Annual statistical returns and brief notes on vaccination in Bengal - 1909-1929
Year: 1909
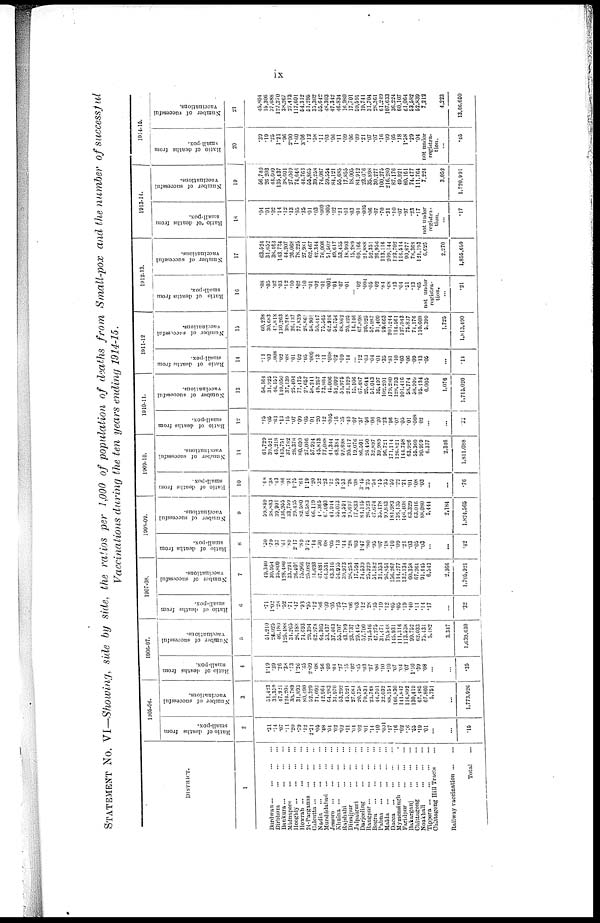
ix
STATEMENT No. VI—Showing, side by side, the ratios per 1,000 of population of deaths from Small-pox and the number of successful
Vaccinations during the ten years ending 1914-15.
DISTRICT.
1
Burdwan
...
...
...
...
Birbhum
...
...
...
Bankura
...
...
...
...
Midnapore
...
...
...
Hooghly
...
...
...
...
Howrah ... ... ... ...
24-Parganas
...
...
...
Calcutta
...
...
...
...
Nadia
...
...
...
...
Murshidabad
...
...
...
Jessore
...
...
...
...
Khulna
...
...
...
...
Rajshahi
...
...
...
Dinajpur
...
...
...
Jalpaiguri
...
...
...
Darjeeling
...
...
...
Rangpur
...
...
...
...
Bogra
...
...
...
...
Pabna
...
...
...
...
Malda
...
...
...
...
Dacca
...
...
...
...
Mymensingh
...
...
...
Faridpur
...
...
...
Bakarganj
...
...
...
Chittagong
...
...
...
Noakhali
...
...
...
Tippera
...
...
...
...
Chittagong Hill Tracts ...
Railway vaccination ... ...
Total ...
1905-06.
Ratio of deaths from
small-pox.
2
.31
.11
.07
.11
.20
.79
.12
2.31
.05
.48
.04
.02
.03
.11
.04
.02
.01
.14
.10
.001
.17
.18
.02
.16 .55
.10
.01
...
...
.16
Number of successful
vaccinations.
3
51,423
31,359
47,921
124,204
30,789
31,893
80,490
52,329
71,093
42,964
64,283
31,970
53,292
46,921
27,684
20,768
70,834
23,748
46,701
32,032
88,154
166,830
141,847
116,892
130,419
67,485
67,860
5,751
...
1,773,926
1906-07.
Ratio of deaths from
small-pox.
4
1.19
.39
.26
.38
.73
1.26
.65
2.09
.08
.66
.09
.04
.27
.15
.02
.45
.03
.27
.06
.10
.10
.07
.04
.07
1.10
.39
.08
...
...
.35
Number of successful
vaccinations.
5
51,210
24,025
46,180
125,488
34,265
26,188
74,693
29,394
62,978
64,305
53,437
37,463
55,707
43,789
23,737
29,445
57,700
24,546
47,275
31,474
79,548
145,931
111,316
113,538
99,752
62,033
75,434
6,482
3,347
1,639,630
1907-08.
Ratio of deaths from
small-pox.
6
.71
1.02
.28
.52
.71
.47
.93
.95
.12
.86
.09
.05
.25
.17
.06
.03
.12
.28
.35
.19
.12
.05
.05
.19
.40
.11
.14
.17
...
.32
Number of successful
vaccinations.
7
49,340
30,954
35,800
128,480
33,291
26,401
75,966
25,082
64,693
47,481
64,534
43,316
54,955
39,973
28,253
17,594
74,539
25,929
51,182
31,353
96,851
156,267
114,277
132,134
60,358
67,264
91,445
6,543
2,366
1,705,921
1908-09.
Ratio of deaths from
small-pox.
8
.50
.79
.37
.61
.89
2.17
.89
3.75
.14
.30
.08
.05
.13
.44
.28
.03
1.47
.80
.95
.07
.18
.10
.09
.21
.03
.05
.03
...
...
.42
Number of successful
vaccinations.
9
59,869
38,883
39,901
136,955
33,759
29,435
82,580
46,583
66,119
48,365
67,093
41,944
55,053
54,591
25,897
17,833
84,115
28,523
47,674
35,178
99,843
181,983
136,135
146,408
63,329
63,016
88,080
5,444
2,184
1,824,566
1909-10.
Ratio of deaths from
small-pox.
10
.48
.38
.43
.86
.91
1.75
.64
1.19
.20
.32
.23
.12
.59
1.53
.26
.08
3.45
3.25
.54
.45
.35
.59
.22
.21
.01
.08
.03
...
...
.76
Number of successful
vaccinations.
11
61,729
39,521
45,218
143,751
37,782
28,378
80,690
27,066
57,924
45,813
77,088
41,344
48,384
92,698
20,417
19,076
86,504
26,450
32,897
39,989
96,721
171,114
126,821
144,758
63,926
55,360
90,959
6,377
2,346
1,811,088
1910-11.
Ratio of deaths from
small-pox.
12
.15
.05
.63
.13
.15
.07
.09
.05
.01 .20
.12
.005
.16
.35
.40
.07
.37
.56
.06
.20
.23
.96
.07
.05
.01
.008
.03
...
.22
Number of successful
vaccinations.
13
56,164
31,925
46,157
110,050
37,139
25,404
77,175
22,657
58,241
49,257
73,804
45,006
52,092
51,975
21,129
15,106
67,487
25,641
51,043
35,497
102,201
179,280
128,793
101,416
58,774
58,999
95,134
6,005
1,076
1,715,020
1011-12
Ratio of deaths from
small-pox.
14
.11
.03
.008
.02
.08
.01
.02
.05
.009
.13
.11
.008
.02
.09
.14
... .12
.03
.04
01
.35
.81
.10
.03
.06
.09
.13
.05
...
.14
Number of successful
vaccinations.
15
60,238
30,683
45,818
130,263
39,248
26,137
77,839
26,861
58,901
50,447
75,565
62,916
54,756
48,862
20,425
14,146
67,898
20,925
57,987
31,409
99,663
201,244
114,561
127,943
75,837
74,176
110,608
5,399
1,725
1,813,490
1912-13.
Ratio of deaths from
small-pox.
16
.08
.05
.02
.03
.12
.10
.02
.10
.01
.02
.01
.001
.01
.07
.01
... .02
.004
.05
.02
.84
.68
.13
.04
.51
.13
.65
not under
registra-
tion.
...
.21
Number of successful
vaccinations.
17
63,524
31,652
38,463
143,724
44,207
26,068
78,225
27,931
62,467
42,344
76,008
51,502
49,617
53,455
18,993
15,289
69,166
21,888
52,351
26,956
113,116
209,144
123,702
116,514
90,877
78,368
121,193
6,625
2,270
1,855,699
1913-14.
Ratio of deaths from
small-pox.
18
.04
.01
.02
.14
.12
.13
.05
.35
.01
.03
.009
.005
.02
.21
.01
.03
.04
.005
.06
.07
.70
.31
.10
.07
.97
.23
.17
not under
registra-
tion.
...
.17
Number of successful
vaccinations.
19
56,740
26,203
44,609
135,437
38,601
27,069
74,646
44,763
55,865
39,258
74,087
59,554
84,121
55,685
17,855
18,005
84,912
23,076
35,898
30,277
100,275
216,280
87,176
49,921
80,161
74,477
111,764
7,224
3,052
1,720,991
1914-15.
Ratio of deaths from
small-pox.
20
.39
.19
.25
1.21
.96
2.00
1.60
3.06
.12
.58
.11
.03
.06
.11
.09
.06
.09
.21
.07
.07
.16
.09
.05
.18
1.58
.29
.04
not under
registra-
tion.
...
.45
Number of successful
vaccinations.
21
45,804
15,306
37,688
127,270
38,267
27,473
117,601
54,312
51,295
35,302
55,642
48,303
47,342
46,834
16,980
17,701
59,591
19,741
31,704
28,264
61,249
107,633
36,224
60,107
61,064
53,582
52,839
7,212
4,223
13,66,650